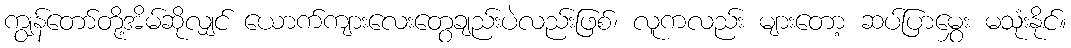
ကျွန်တော်တို့အိမ်ဆိုလျှင် ယောက်ကျားလေးတွေချည်းပဲလည်းဖြစ်၊ လူကလည်း များတော့ ဆပ်ပြာမွှေး မသုံးနိုင်။